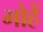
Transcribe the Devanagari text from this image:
भोहें